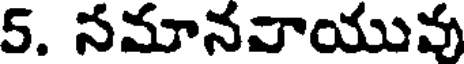
5. నమానవాయువు